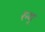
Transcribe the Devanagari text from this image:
रन्ग्